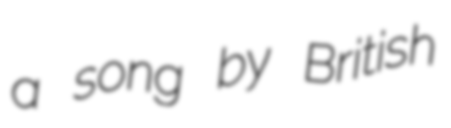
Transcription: a song by British